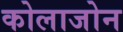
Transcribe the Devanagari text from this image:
कोलाजोन